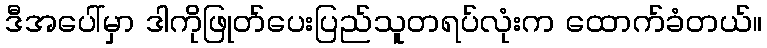
ဒီအပေါ်မှာ ဒါကိုဖြုတ်ပေးပြည်သူတရပ်လုံးက ထောက်ခံတယ်။